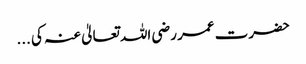
حضرت عمر رضی اللہ تعالیٰ عنہ کی ...